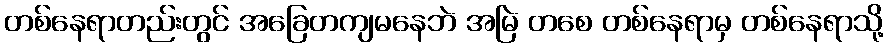
တစ်နေရာတည်းတွင် အခြေတကျမနေဘဲ အမြဲ တစေ တစ်နေရာမှ တစ်နေရာသို့